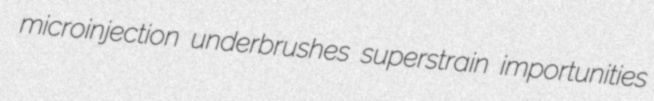
microinjection underbrushes superstrain importunities